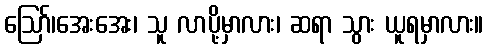
ဪ၊အေးအေး၊ သူ လာပို့မှာလား၊ ဆရာ သွား ယူရမှာလား။